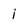
Character: i